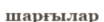
шарғылар